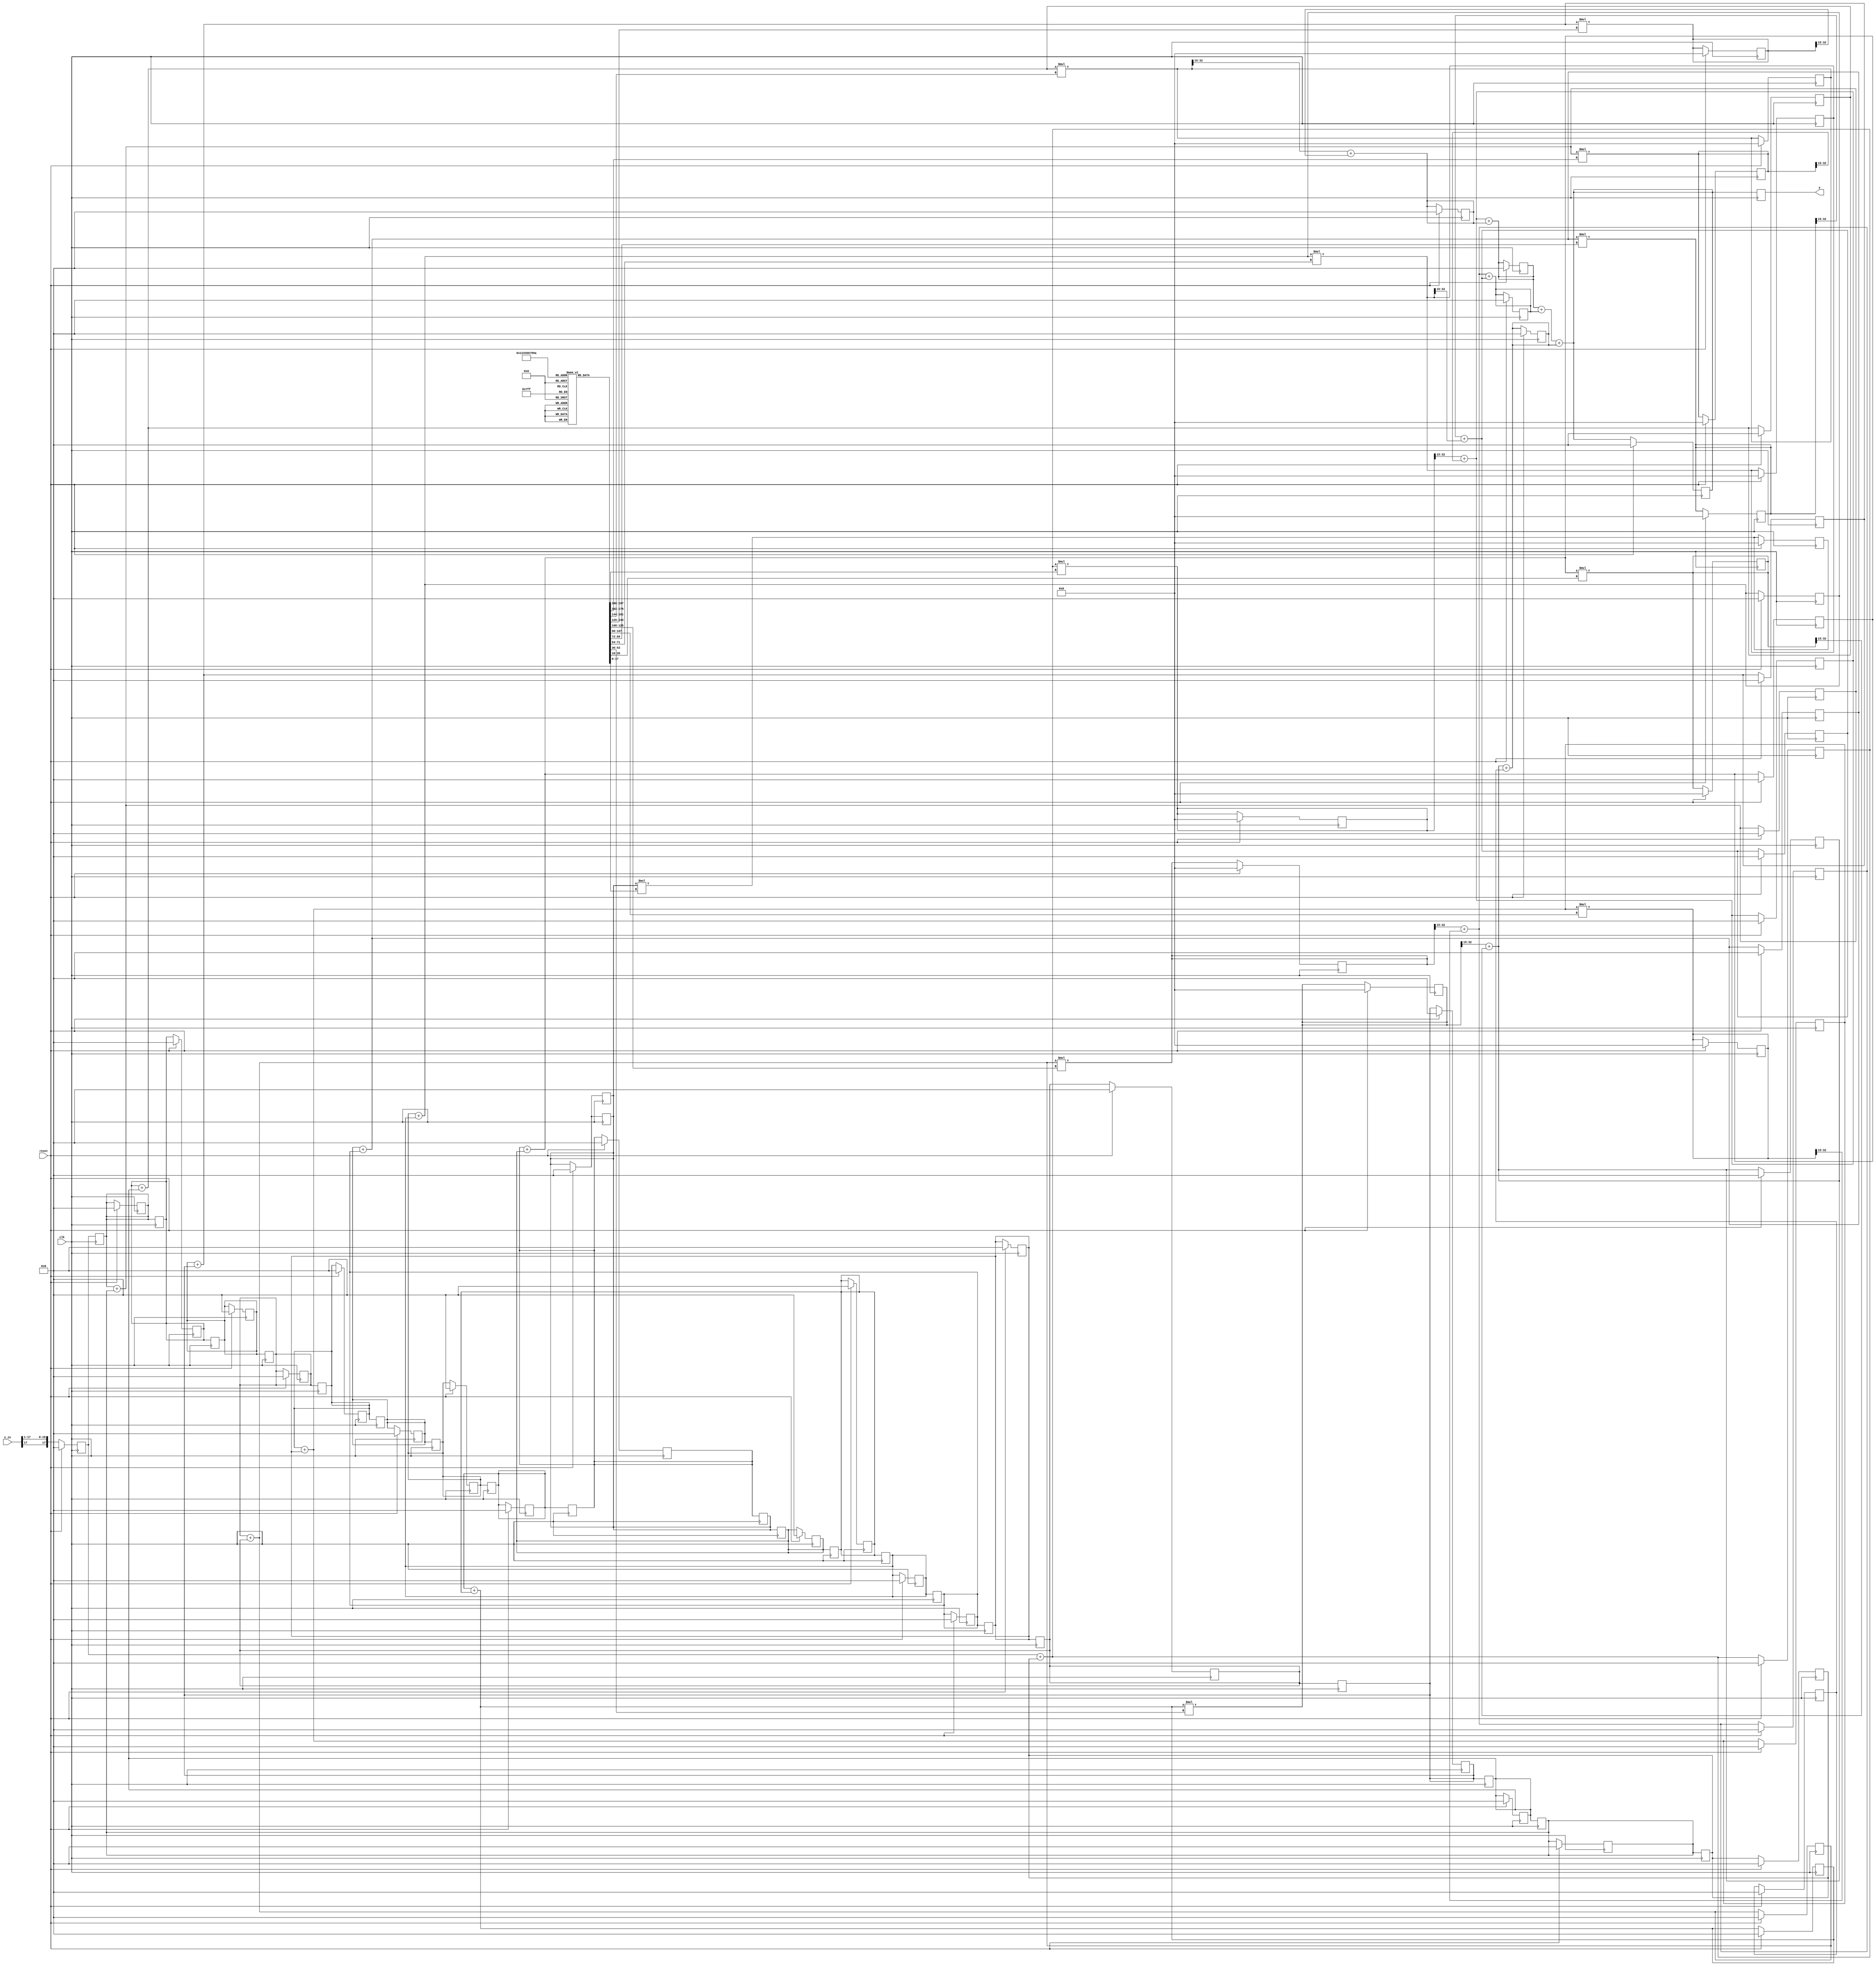
module sine_filt_A (
          input clk, reset,
		   input signed [17:0] x_in,
		   output reg signed [17:0] y   );
			
/*
reg signed [17:0] b0, b1, b2, b3, b4, b5, b6, b7,
                  b8, b9, b10, b11, b12, b13, b14, b15;
reg signed [17:0] x0, x1, x2, x3, x4, x5, x6, x7, x8, x9,
                  x10, x11, x12, x13, x14, x15, x16, x17,
						x18, x19, 
						X20, X21, X2, X2, X2, X2, X2, 
						X2, X2, X2, 
*/
integer i;	
//coeff is 0s18
reg signed [17:0]	b[10:0];	
//input is 1s17			 
reg signed [17:0]	x[20:0];	
(* noprune *) reg signed [35:0] mult_out[10:0];
(* noprune *) reg signed [17:0] sum_level_1[10:0];
(* noprune *) reg signed [17:0] sum_level_2[5:0];
(* noprune *) reg signed [17:0] sum_level_3[2:0];
(* noprune *) reg signed [17:0] sum_level_4;


//sign extend input to prevent overflow in sum_level_1
always @ (posedge clk)
    if (reset) begin
        for (i=0; i<=20; i=i+1)
            x[i] = 18'sd0;
	for (i=0; i<=10; i=i+1)
	    mult_out[i] = 36'sd0;
	for (i=0; i<=10; i=i+1)
	    sum_level_1[i] = 18'sd0;
	for (i=0; i<=5; i=i+1)
	    sum_level_2[i] = 18'sd0;
	for (i=0; i<=2; i=i+1)
	    sum_level_3[i] = 18'sd0;
	sum_level_4 = 18'sd0;
    end
    else begin
	    x[0] = $signed( {x_in[17], x_in[17:1]} ); 
    end

//x_in[i] is 2s16
always @ (posedge clk)
    begin
        for(i=1; i<21;i=i+1)
            x[i] <= $signed( x[i-1] );
    end


//1s17 + 1s17 will cause overflow for sum_lvl_1[i]
always @ *
    for(i=0;i<=9;i=i+1)
        sum_level_1[i] = $signed(x[i])+$signed(x[20-i]);

always @ *
    sum_level_1[10] = $signed(x[10]);


// always @ (posedge clk)
always @ *
    for(i=0;i<=10; i=i+1)
	 //should be 2s34 (2s16*0s18)
        mult_out[i] = $signed(sum_level_1[i]) * $signed(b[i]);


//Try sum_level_2 to 1s17 since mult_out will never be close to 1 from b[i]
always @ *
    for(i=0;i<=4;i=i+1)
        sum_level_2[i] = $signed( mult_out[2*i][32:15] ) + $signed( mult_out[2*i+1][32:15] );			//filter a

always @ *
    sum_level_2[5] = $signed(mult_out[10][32:15]);


always @ *
    for(i=0;i<=2;i=i+1)
        sum_level_3[i] = $signed(sum_level_2[2*i]) + $signed(sum_level_2[2*i+1]);
			
always @ *
    sum_level_4 = $signed(sum_level_3[0]) + $signed(sum_level_3[1]) + $signed(sum_level_3[2]);

always @ (posedge clk)
    y = $signed(sum_level_4);

	
//always @ *	//<- Don't use this especially in modelsim
initial
   begin
/*
//Part A
//	b[0] = 18'sd4090;
//	b[1] = 18'sd5895;
//	b[2] = 18'sd3323;
//	b[3] = -18'sd3446;
//	b[4] = -18'sd10669;
//	b[5] = -18'sd12449;
//	b[6] = -18'sd4025;
//	b[7] = 18'sd14901;
//	b[8] = 18'sd38953;
//	b[9] = 18'sd59085;
//	b[10] = 18'sd66925;
*/

	b[0] = 18'sd952;
	b[1] = 18'sd1372;
	b[2] = 18'sd773;
	b[3] = -18'sd802;
	b[4] = -18'sd2483;
	b[5] = -18'sd2898;
	b[6] = -18'sd937;
	b[7] = 18'sd3467;
	b[8] = 18'sd9065;
	b[9] = 18'sd13751;
	b[10] = 18'sd15575;

//Part B
/*
	b[0] = 18'sd2817;
	b[1] = 18'sd4060;
	b[2] = 18'sd2289;
	b[3] = -18'sd2373;
	b[4] = -18'sd7348;
	b[5] = -18'sd8574;
	b[6] = -18'sd2772;
	b[7] = 18'sd10263;
	b[8] = 18'sd26830;
	b[9] = 18'sd40696;
	b[10] = 18'sd46096;
*/
   end

/* for debugging
always@ *
for (i=0; i<=15; i=i+1)
if (i==15) % center coefficient
b[i] = 18'sd 131071; % almost 1 i.e. 1-2^(17)
else b[i] =18'sd0; % other than center coefficient
*/

/* for debugging
always@ *
for (i=0; i<=15; i=i+1)
 b[i] =18'sd 8192; % value of 1/16
*/
endmodule